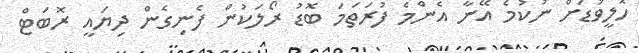
ހޮލީވުޑަށް ނުކުމެ އޭނާ އެންމެ ފުރަތަމަ ބޮޑު ރޯލަކުން ފެނިގެން ދިޔައީ ރޮބަޓް